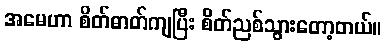
အမေဟာ စိတ်ဓာတ်ကျပြီး စိတ်ညစ်သွားတော့တယ်။